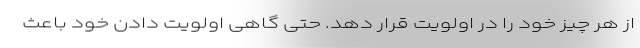
از هر چیز خود را در اولویت قرار دهد. حتی گاهی اولویت دادن خود باعث